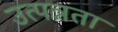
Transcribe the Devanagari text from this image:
उत्पन्नता